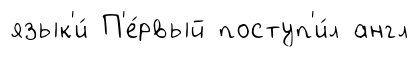
язык'и́ П'е́рвый поступ'и́л англ